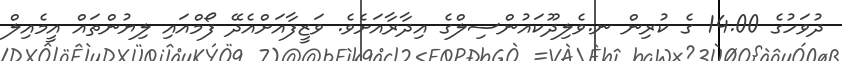
ދުވަހުގެ 14.00 ގެ ކުރިން ނ.ވެލިދޫކައުންސިލްގެ އިދާރާއަށެވެ. ވަޒީފާއަށްއެދޭ ފޯމްއައި ލިޔުންތައް އީމެއިލް